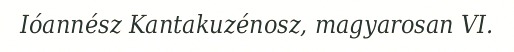
Ióannész Kantakuzénosz, magyarosan VI.